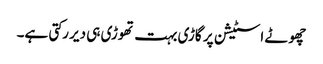
چھوٹے اسٹیشن پر گاڑی بہت تھوڑی ہی دیر رکتی ہے۔